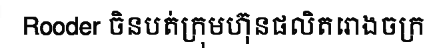
Rooder ចិនបត់ក្រុមហ៊ុនផលិតរោងចក្រ